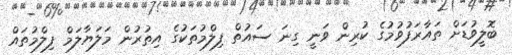
ބޮލީވުޑަށް ތައާރަފުވުމުގެ ކުރިން ވަނީ ގިނަ ސައުތް ފިލްމުތަކުގެ އިތުރުން މަލަޔާލަމް ފިލްމުތައް